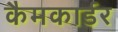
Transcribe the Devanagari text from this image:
कैमकार्डर